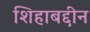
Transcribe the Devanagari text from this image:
शिहाबद्दीन